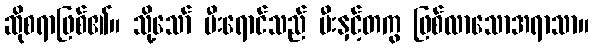
ဆိုစရာဖြစ်၏။ သို့သော် မီးရောင်သည် မီးနှင့်တကွ ဖြစ်လာသောအရာသာ။